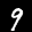
Label: 9